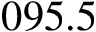
0 9 5 . 5